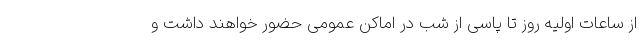
از ساعات اولیه روز تا پاسی از شب در اماکن عمومی حضور خواهند داشت و